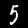
Digit: 5